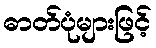
ဓာတ်ပုံများဖြင့်